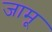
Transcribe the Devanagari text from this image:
जामू